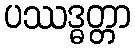
ပဿဒ္ဓတ္တာ